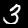
Label: 3